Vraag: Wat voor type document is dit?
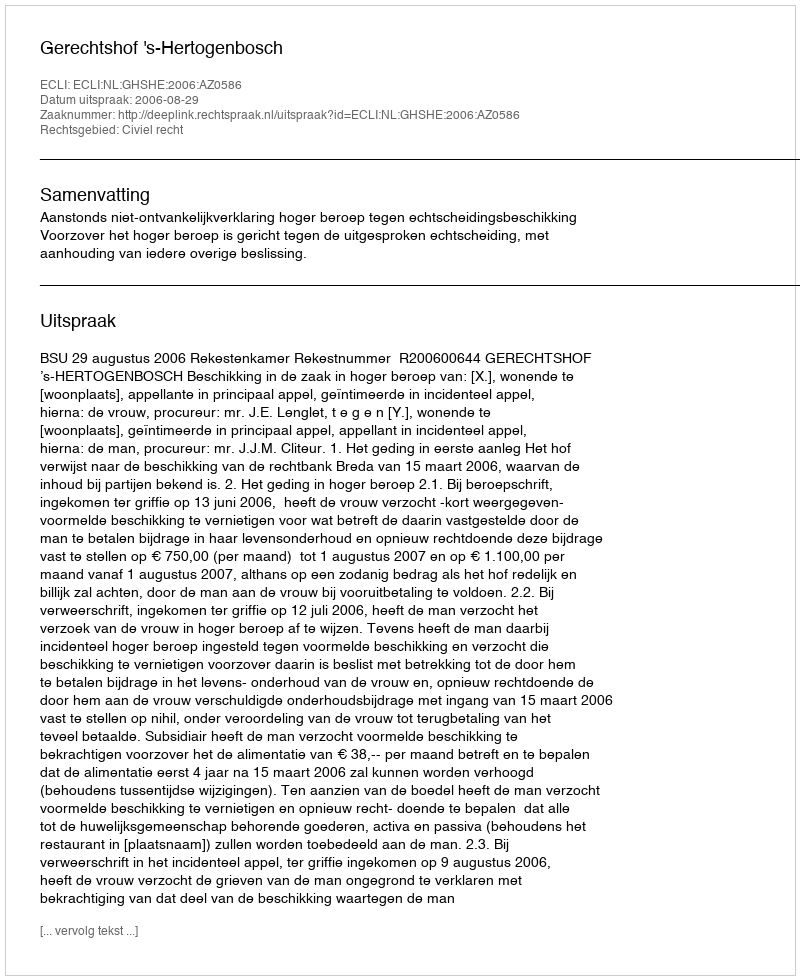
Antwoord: Uitspraak